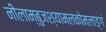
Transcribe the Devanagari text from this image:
नीलाम्बुजश्यामलकोमलाङ्गं